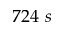
7 2 4 \ s